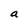
Character: a